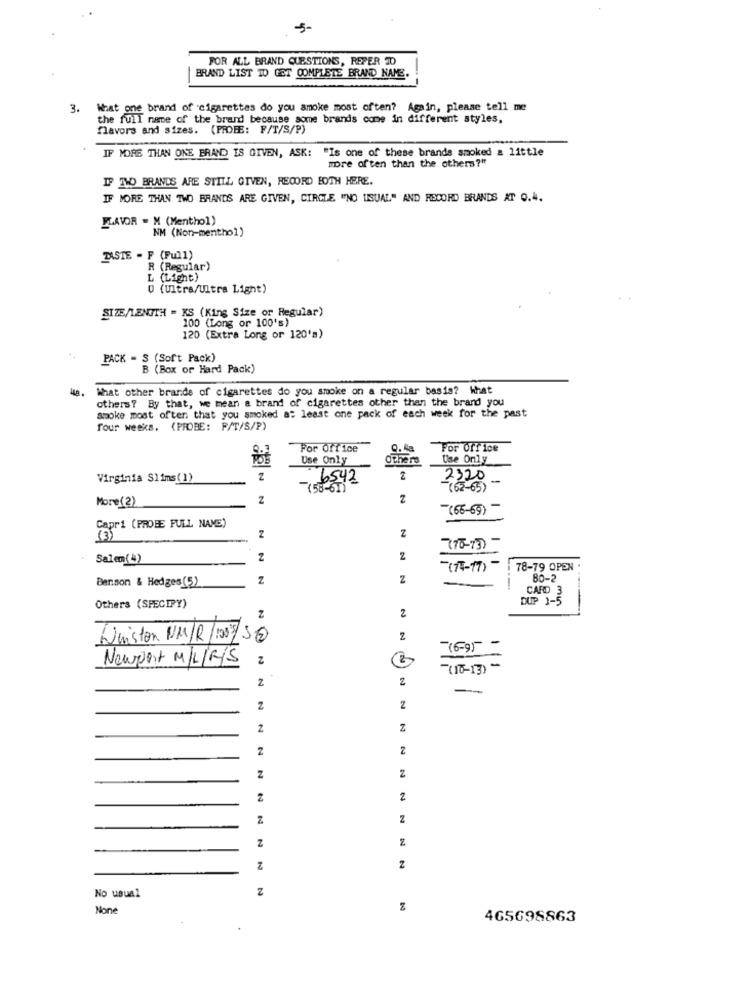
5-
FOR ALL BRAND QUESTIONS, REFER 10
BRAND LIST TO GET COMPLETE BRAND NAME.
3.
What one brand of cigarettes do you amoke most often? Again, please tell me
the full name of the brand because some brands come in different styles,
flavors and sizes. (PROFE: F/T/S/P)
IF MORE THAN ONE BRAND IS GIVEN, ASK: "Is one of these brands smoked a little
more often than the others?"
IF TLO BRANDS ARE STILL GIVEN, RECORD BOTH HERE.
IF MORE THAN TWO BRANDS ARE GIVEN, CIRCLE "NO USUAL" AND RECORD BRANDS AT Q.4.
FAVOR - M (Menthol)
NM (Non-menthol)
PASTE - F (Full)
R (Regular)
L (Light)
0 (Ultra/Ultra Light)
SIZE/LENGTH = KS (King Size or Regular)
100 (Long or 100's)
120 (Extra Long or 120's)
PACK - S (Sof't Pack)
B (Box or Hard Pack)
What other brands of cigarettes do you smoke on a regular basis? What
others? By that, we mean a brand of cigarettes other than the brand you
smoke most often that you smoked at least one pack of each week for the past
four weeks. (PROBE: F/T/S/P)
For Office
0. la
For Office
Use Only
Others
Use Only
Virginia Slims(1)
2
6542
2
2320
(50 -01)
(62-65)
More(2)
Z
(66-69)
Capri (PROBE FULL NAME)
Z
2
770-73)
Salem(4)
2
Z
(74-17) -
78-79 OPEN
Z
Z
80-2
Benson & Hedges(5)
CARD 3
DUP 3-5
Others (SPECIFY)
2
2
Winston UM/R/105 50
z
(6-9)- -
Newport M/L/R/S
Z
(10-13)
2
2
--
Z
Z
2
Z
2
2
2
Z
2
2
Z
Z
z
2
Z
2
No usual
z
465698863